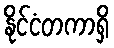
နိုင်ငံတကာရှိ